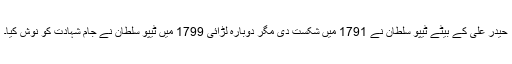
حیدر علی کے بیٹے ٹیپو سلطان نے 1791 میں شکست دی مگر دوبارہ لڑائی 1799 میں ٹیپو سلطان نے جام شہادت کو نوش کیا۔